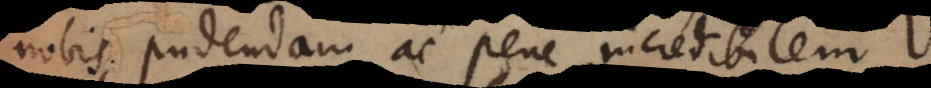
nobis pudendam ac pene incredibilem